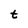
Character: t